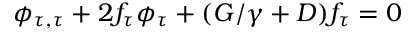
\phi _ { \tau , \tau } + 2 f _ { \tau } \phi _ { \tau } + ( G / \gamma + D ) f _ { \tau } = 0